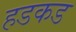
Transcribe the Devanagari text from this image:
हडकड